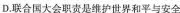
D.联合国大会职责是维护世界和平与安全